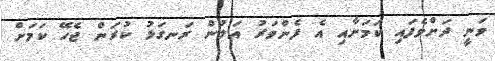
ވަނީ ދަށްވެފައި ކަމަށާއި އެ ފެންވަރު އަލުން ރަނގަޅު ކުރަން ޖެހޭ ކަމަށް